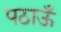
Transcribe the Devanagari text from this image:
पठाऊँ